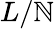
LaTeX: L/\mathbb{N}